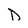
Character: D